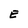
Character: E